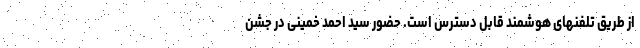
از طریق تلفنهای هوشمند قابل دسترس است. حضور سید احمد خمینی در جشن